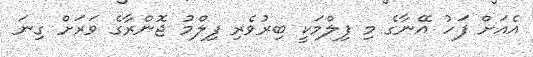
އެއަށް ފަހު އޭނާގެ މި ފިލްމަކީ ބިރުވެރި ފިލްމު ޖޮންރާގެ ވަރަށް ގިނަ